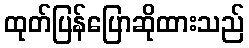
ထုတ်ပြန်ပြောဆိုထားသည်